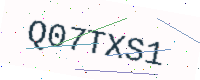
Text: Q07TXS1